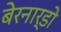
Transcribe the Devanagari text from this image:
बेरनार्डो